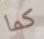
كما